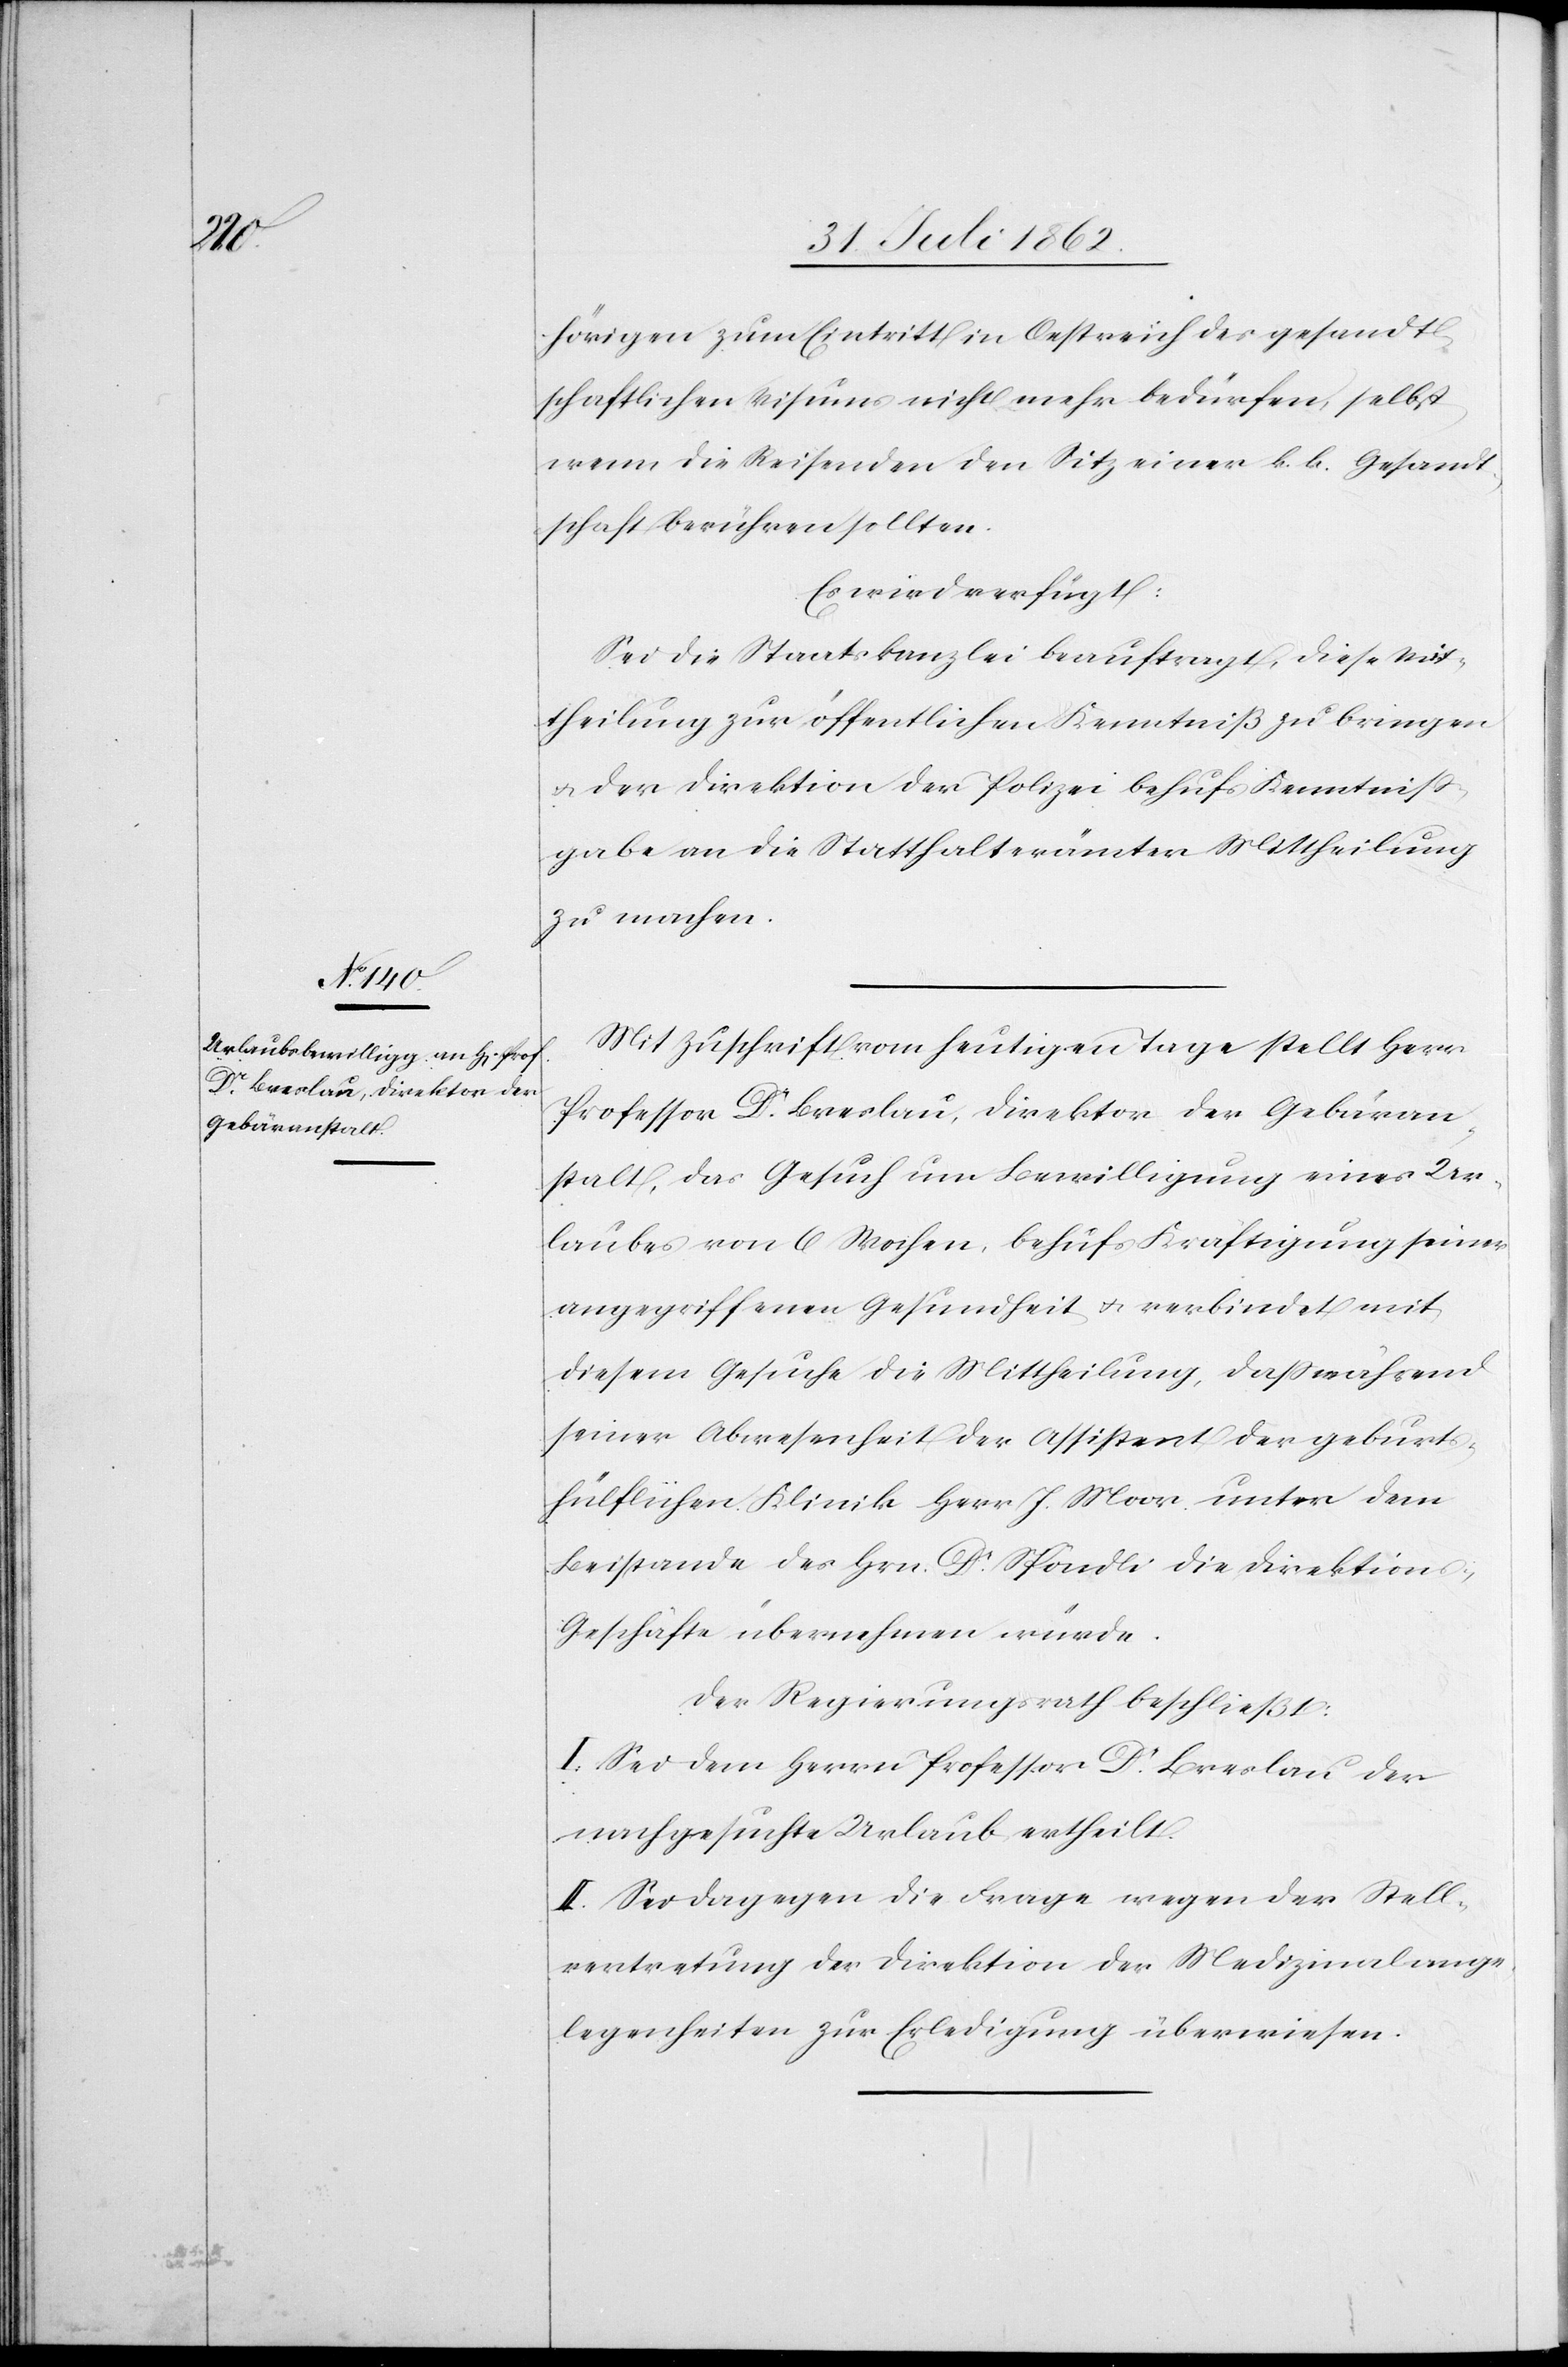
hörigen zum Eintritt in Oestreich des gesandt¬
schaftlichen Visums nicht mehr bedürfen, selbst
wenn die Reisenden den Sitz einer k. k. Gesandt¬
schaft berühren sollten.
Es wird verfügt:
Sei die Staatskanzlei beauftragt, diese Mit¬
theilung zur öffentlichen Kenntniß zu bringen
u. der Direktion der Polizei behufs Kenntniß¬
gabe an die Statthalterämter Mittheilung
zu machen.
Mit Zuschrift vom heutigen Tage stellt Herr
Professor Dr. Breslau, Direktor der Gebäran¬
stalt, das Gesuch um Bewilligung eines Ur¬
laubes von 6 Wochen, behufs Kräftigung seiner
angegriffenen Gesundheit u. verbindet mit
diesem Gesuche die Mittheilung, daß während
seiner Abwesenheit der Assistent der geburts¬
hülflichen Klinik Herr J. Moor unter dem
Beistande des Hrn. Dr. Spöndli die Direktion¬
s-Geschäfte übernehmen würde.
Der Regierungsrath beschließt:
I. Sei dem Herrn Professor Dr. Breslau der
nachgesuchte Urlaub ertheilt.
II. Sei dagegen die Frage wegen der Stell¬
vertretung der Direktion der Medizinalange¬
legenheiten zur Erledigung überwiesen.